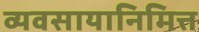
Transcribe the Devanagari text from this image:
व्यवसायानिमित्त